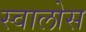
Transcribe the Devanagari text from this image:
स्वालोस